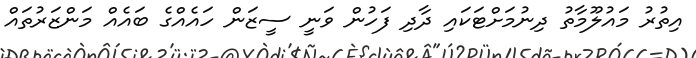
އިތުރު މައުލޫމާތު ދިނުމަށްޓަކައި ދާދި ފަހުން ވަނީ ސީޒަން ހައެއްގެ ބައެއް މަންޒަރުތައް